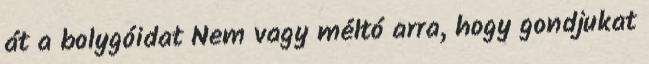
át a bolygóidat Nem vagy méltó arra, hogy gondjukat